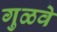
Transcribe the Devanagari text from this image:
गुळवे